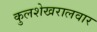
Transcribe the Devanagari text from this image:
कुलशेखरालवार